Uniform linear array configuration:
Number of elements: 8
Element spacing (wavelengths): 0.25
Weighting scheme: cosine
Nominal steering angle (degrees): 30
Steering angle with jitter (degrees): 28.604
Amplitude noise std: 0.05
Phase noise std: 0.05

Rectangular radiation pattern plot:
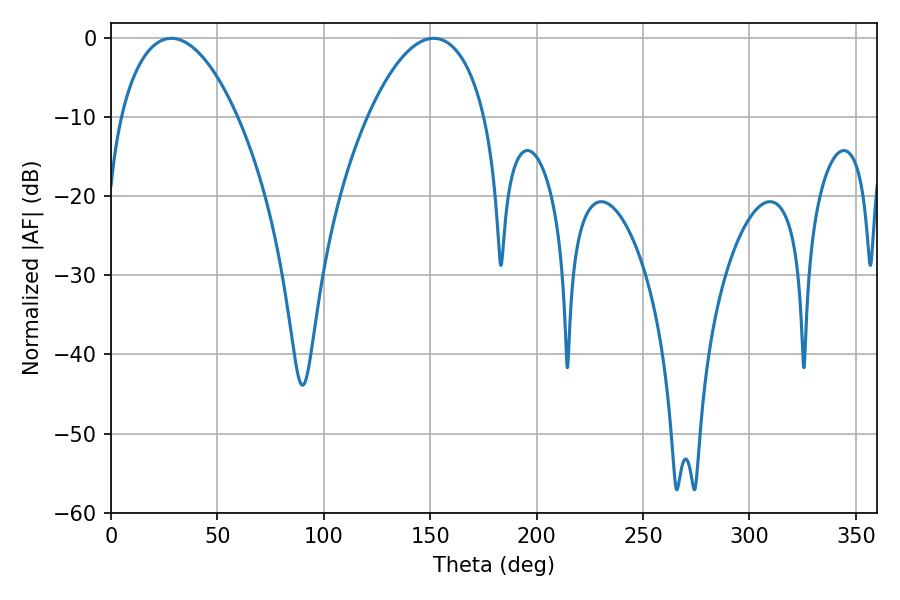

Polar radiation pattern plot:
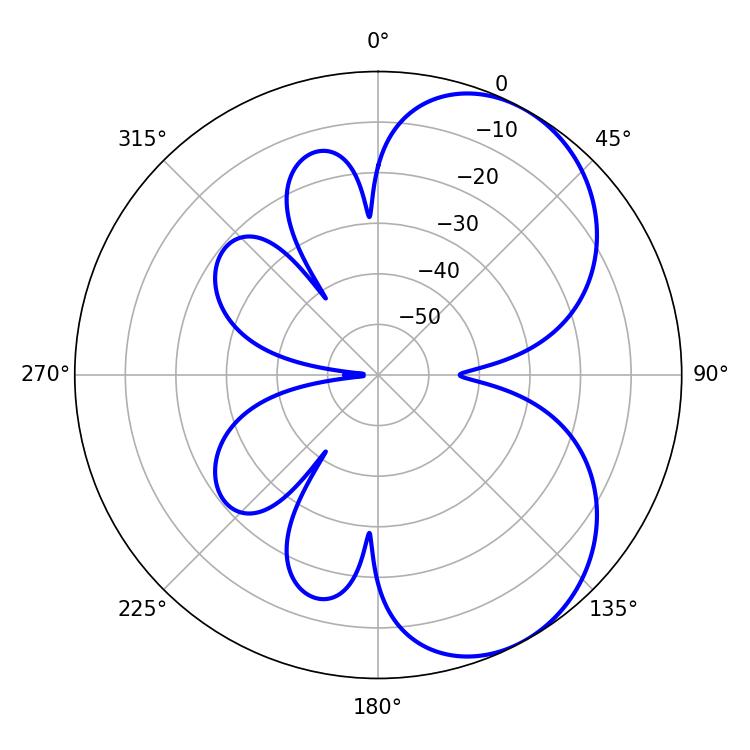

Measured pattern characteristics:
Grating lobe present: FALSE
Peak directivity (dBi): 5.568
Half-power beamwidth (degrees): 30.96
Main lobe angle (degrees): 28.44